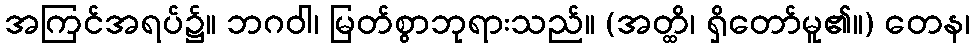
အကြင်အရပ်၌။ ဘဂဝါ၊ မြတ်စွာဘုရားသည်။ (အတ္ထိ၊ ရှိတော်မူ၏။) တေန၊